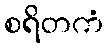
စရိတကံ